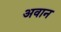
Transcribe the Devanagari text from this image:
अवान